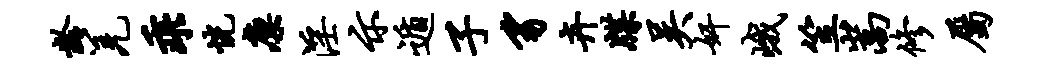
龄羌乖恍廪淫示遁子豸卉牒吴奸峨笠嵩修属